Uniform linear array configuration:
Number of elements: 8
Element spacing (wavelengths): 1
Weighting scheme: exponential
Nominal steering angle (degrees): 0
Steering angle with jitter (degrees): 1.249
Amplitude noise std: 0.05
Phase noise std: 0.05

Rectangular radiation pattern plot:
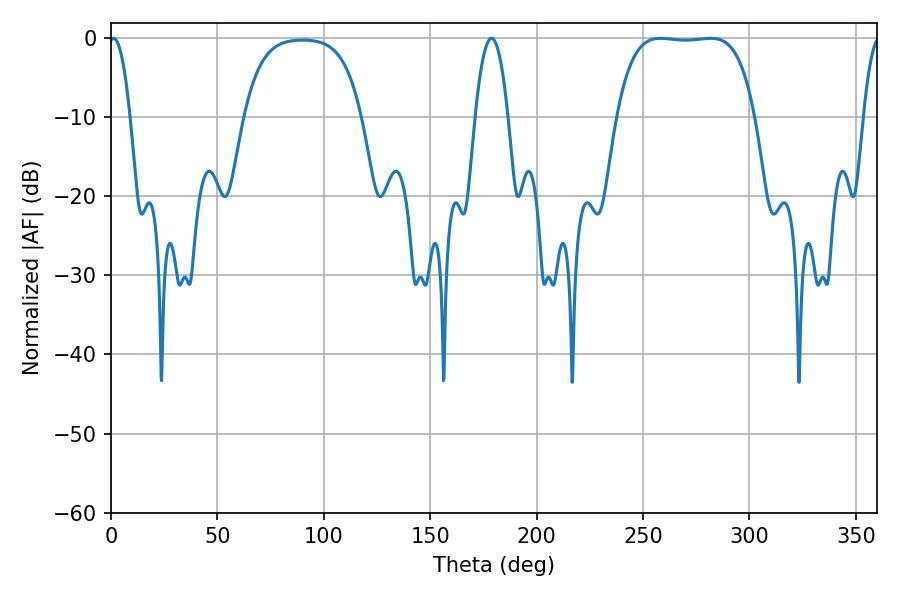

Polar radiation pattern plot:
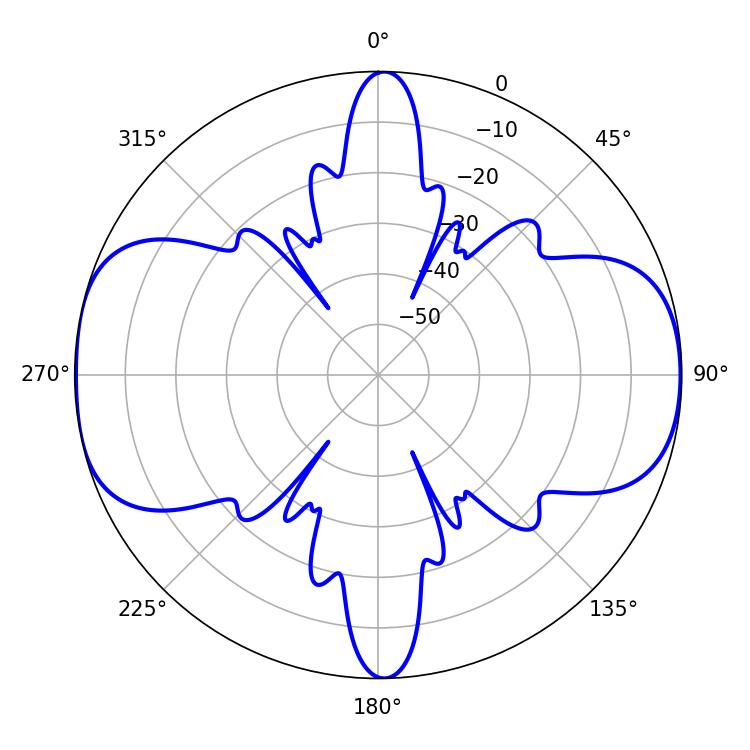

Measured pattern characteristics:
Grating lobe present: TRUE
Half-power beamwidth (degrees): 50.76
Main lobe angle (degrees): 258.3